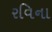
રવિના